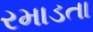
રમાડતા